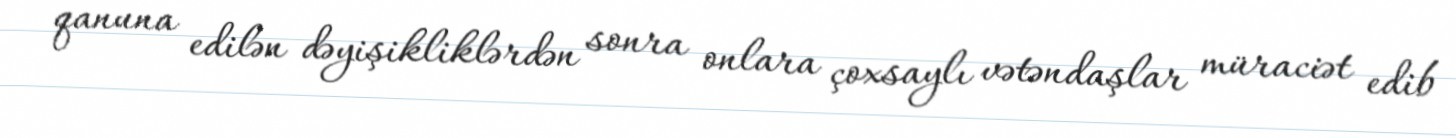
qanuna edilən dəyişikliklərdən sonra onlara çoxsaylı vətəndaşlar müraciət edib